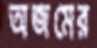
অজমের